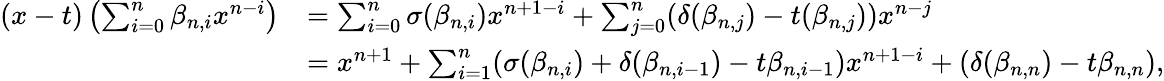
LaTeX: \begin{array}{rl}{(x-t)\left(\sum_{i=0}^{n}\beta_{n,i}x^{n-i}\right)}&{=\sum_{i=0}^{n}\sigma(\beta_{n,i})x^{n+1-i}+\sum_{j=0}^{n}(\delta(\beta_{n,j})-t(\beta_{n,j}))x^{n-j}}\\ &{=x^{n+1}+\sum_{i=1}^{n}(\sigma(\beta_{n,i})+\delta(\beta_{n,i-1})-t\beta_{n,i-1})x^{n+1-i}+(\delta(\beta_{n,n})-t\beta_{n,n}),}\end{array}